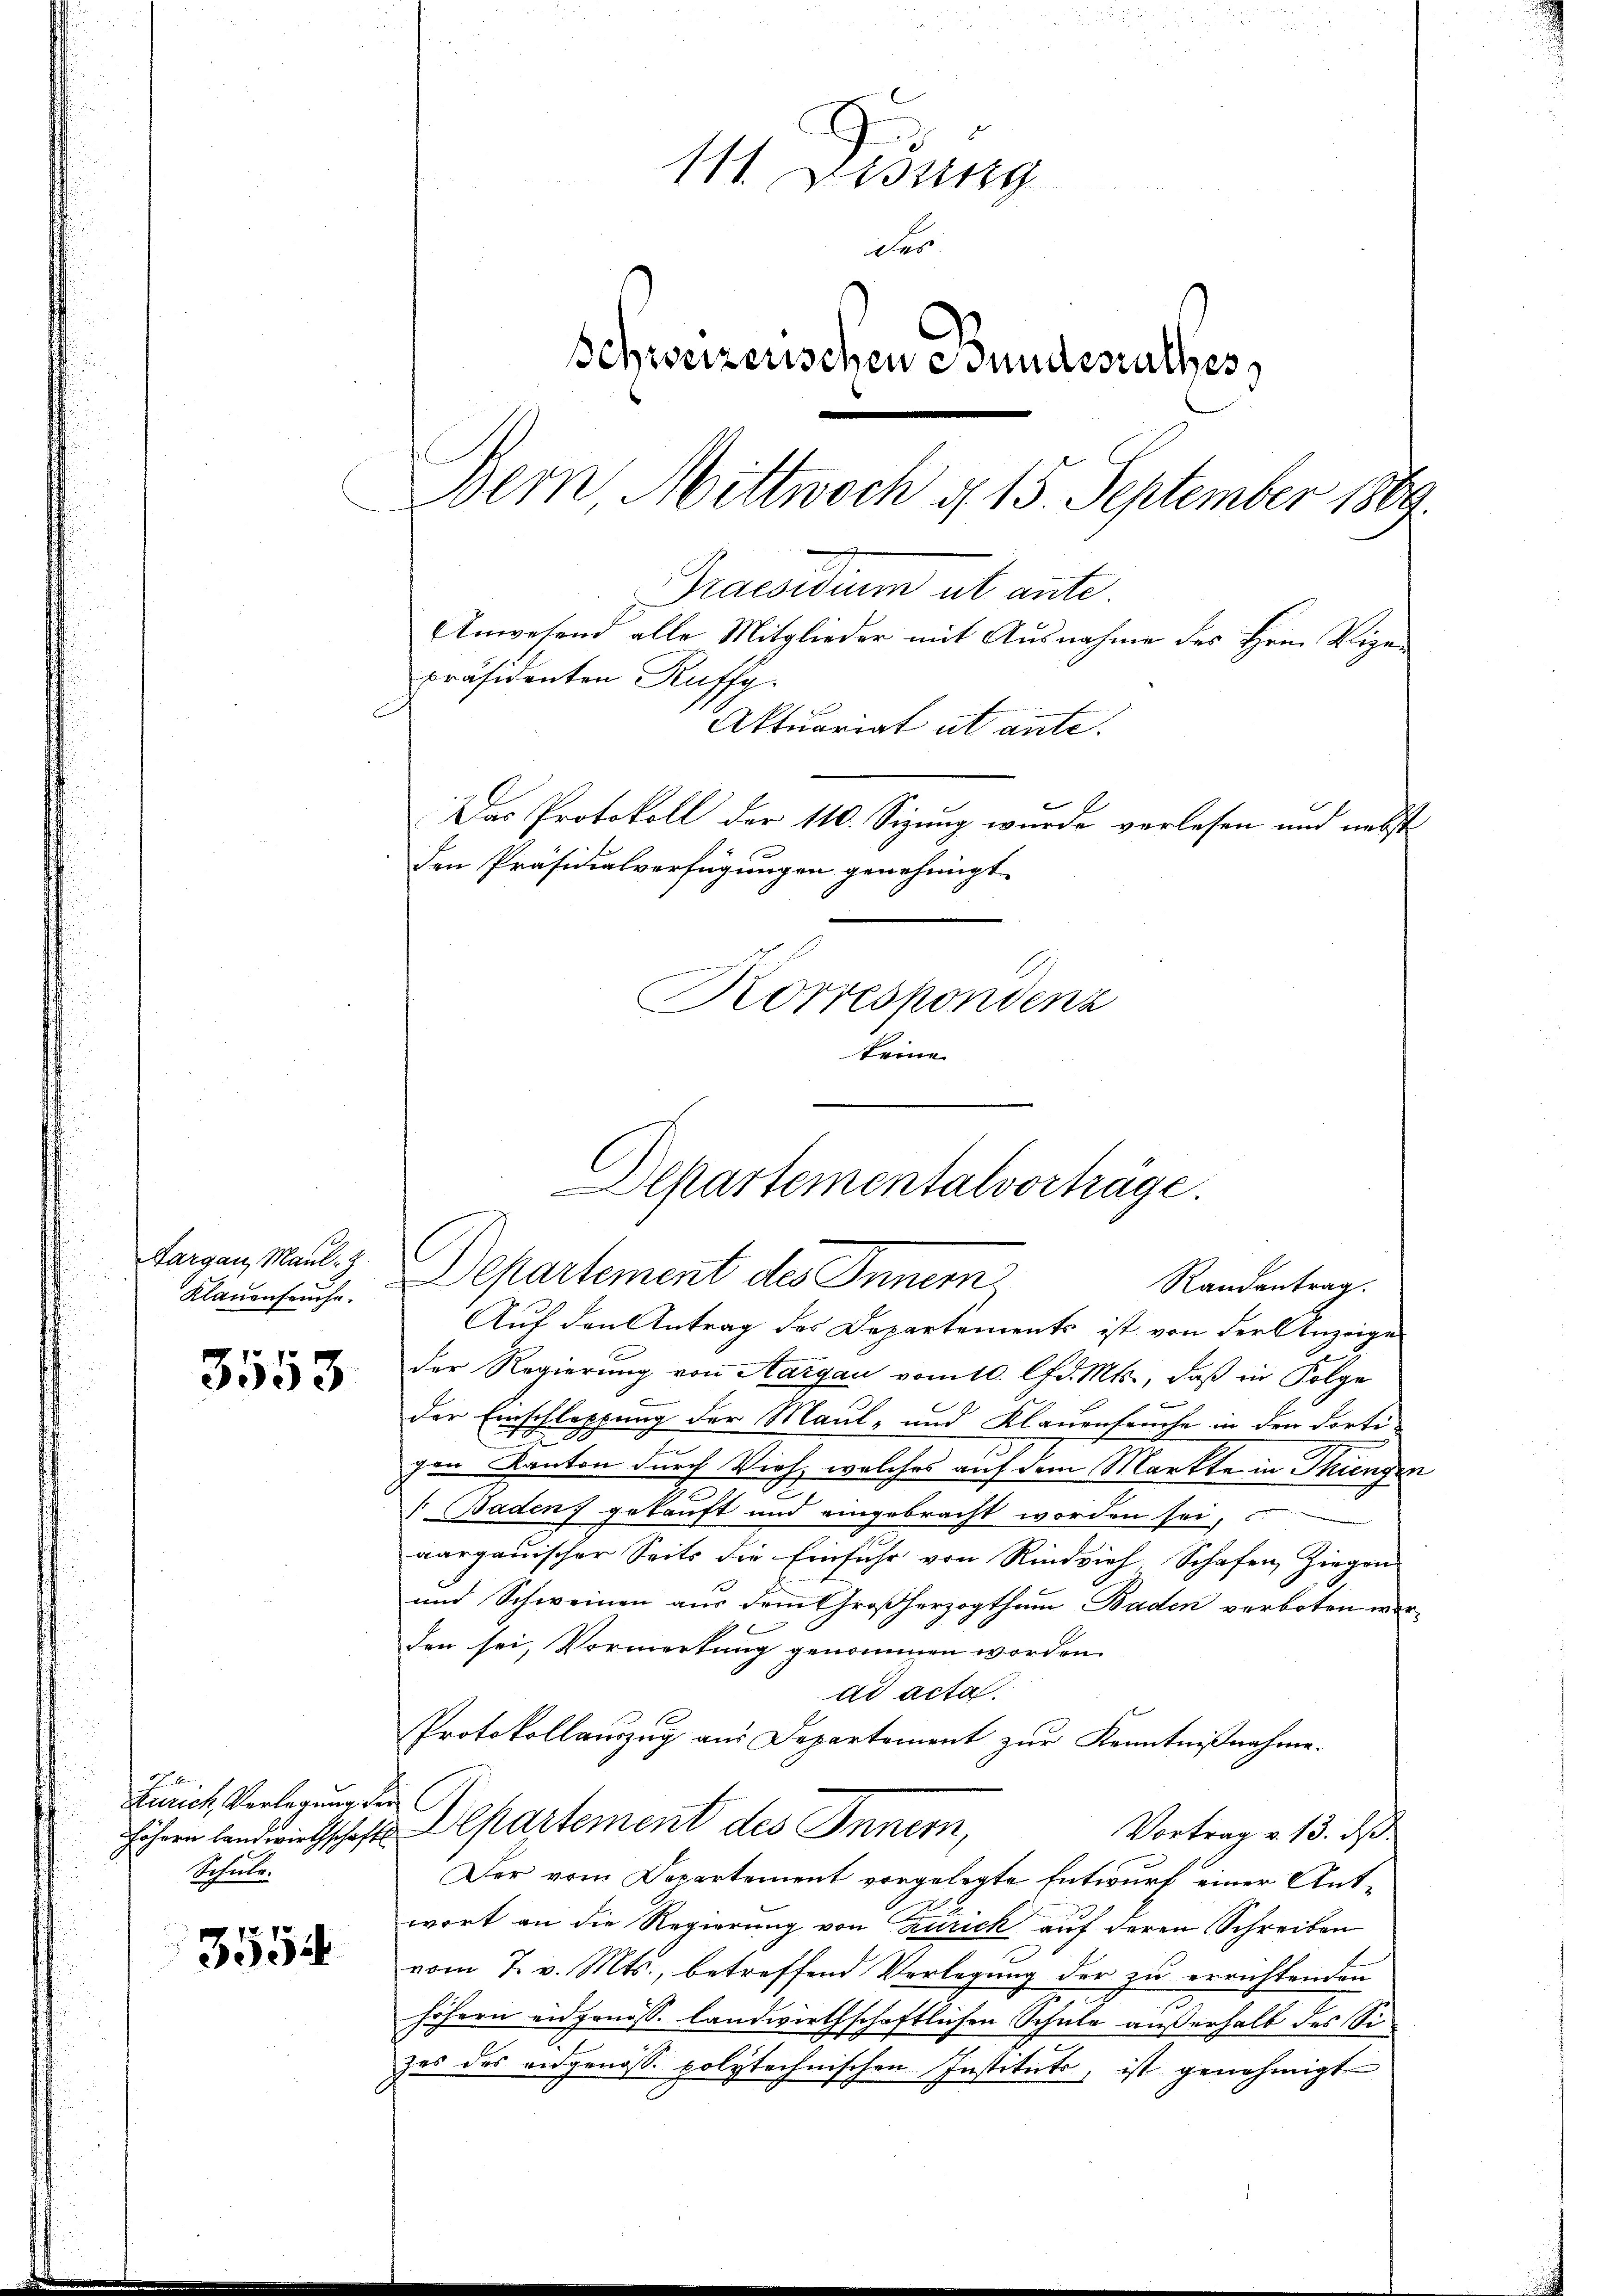
Aargau, Maul- &
Klauenfeuche.

3553

Zürich Verlegung de
höhern landwirthschaft
Referte.

3554

111. Didung
der
Schweizerischen Bundesrathes
Bern Mittwoch d. 15. September 1889
Praesidium ut ante
Anwesend alle Mitglieder mit Ausnahme des Hrn. Vigapräsidenten Ruffg.
Aktuariat ut ante.
Das Protokoll der 110. Sizung wurde verlesen und nebst
den Präsidialverfügungen genehmigt.
Korrespondenz
keine

Auf den Antrag des Departements ist von der Anzeige
der Regierung von Aargau vom 10. d. Mts., daß in Folge
e
der Einschleppung der Maul- und Klauenseuche in den dortigen Kanton durch Vieh, welches auf dem Markte in Thiengen
 Baden) gekauft und eingebracht worden sei,
aargauischer Seits die Einfuhr von Rindvieh, Schafen, Ziegen
und Schweinen aus dem Großherzogthum Baden verboten worden sei, Vormerkung genommen worden.
ad acta.
Protokollauszug aus Departement zur Kenntnißnahme.
Departement des Innem,
Vortrag v. 13. ds.
Der vom Departement vorgelegte Entwurf einer Antwort an die Regierung von Zürich auf deren Schreiben
vom 7. v. Mts., betreffend Verlegung der zu errichtenden
höhern eidgenöss. landwirthschaftlichen Schule außerhalb des Sizes des eidgenoss polytechnischen Instituts, ist genehmigt

Departementalvorträge.
Departement des Innem
Randantrag.